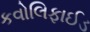
કવોલિફાઈડ